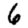
Digit: 6